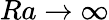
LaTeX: Ra\rightarrow\infty